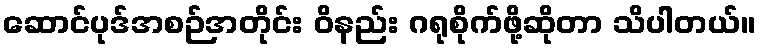
ဆောင်ပုဒ်အစဉ်အတိုင်း ဝိနည်း ဂရုစိုက်ဖို့ဆိုတာ သိပါတယ်။